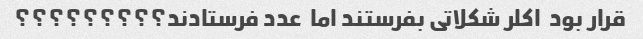
قرار بود  اکلر شکلاتی بفرستند اما  عدد فرستادند؟؟؟؟؟؟؟؟؟